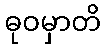
ဓုဝမှာတိ